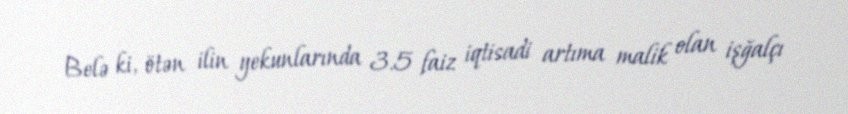
Belə ki, ötən ilin yekunlarında 3.5 faiz iqtisadi artıma malik olan işğalçı